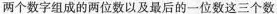
两个数字组成的两位数以及最后的一位数这三个数